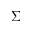
\ensuremath { \Sigma }